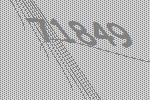
71849